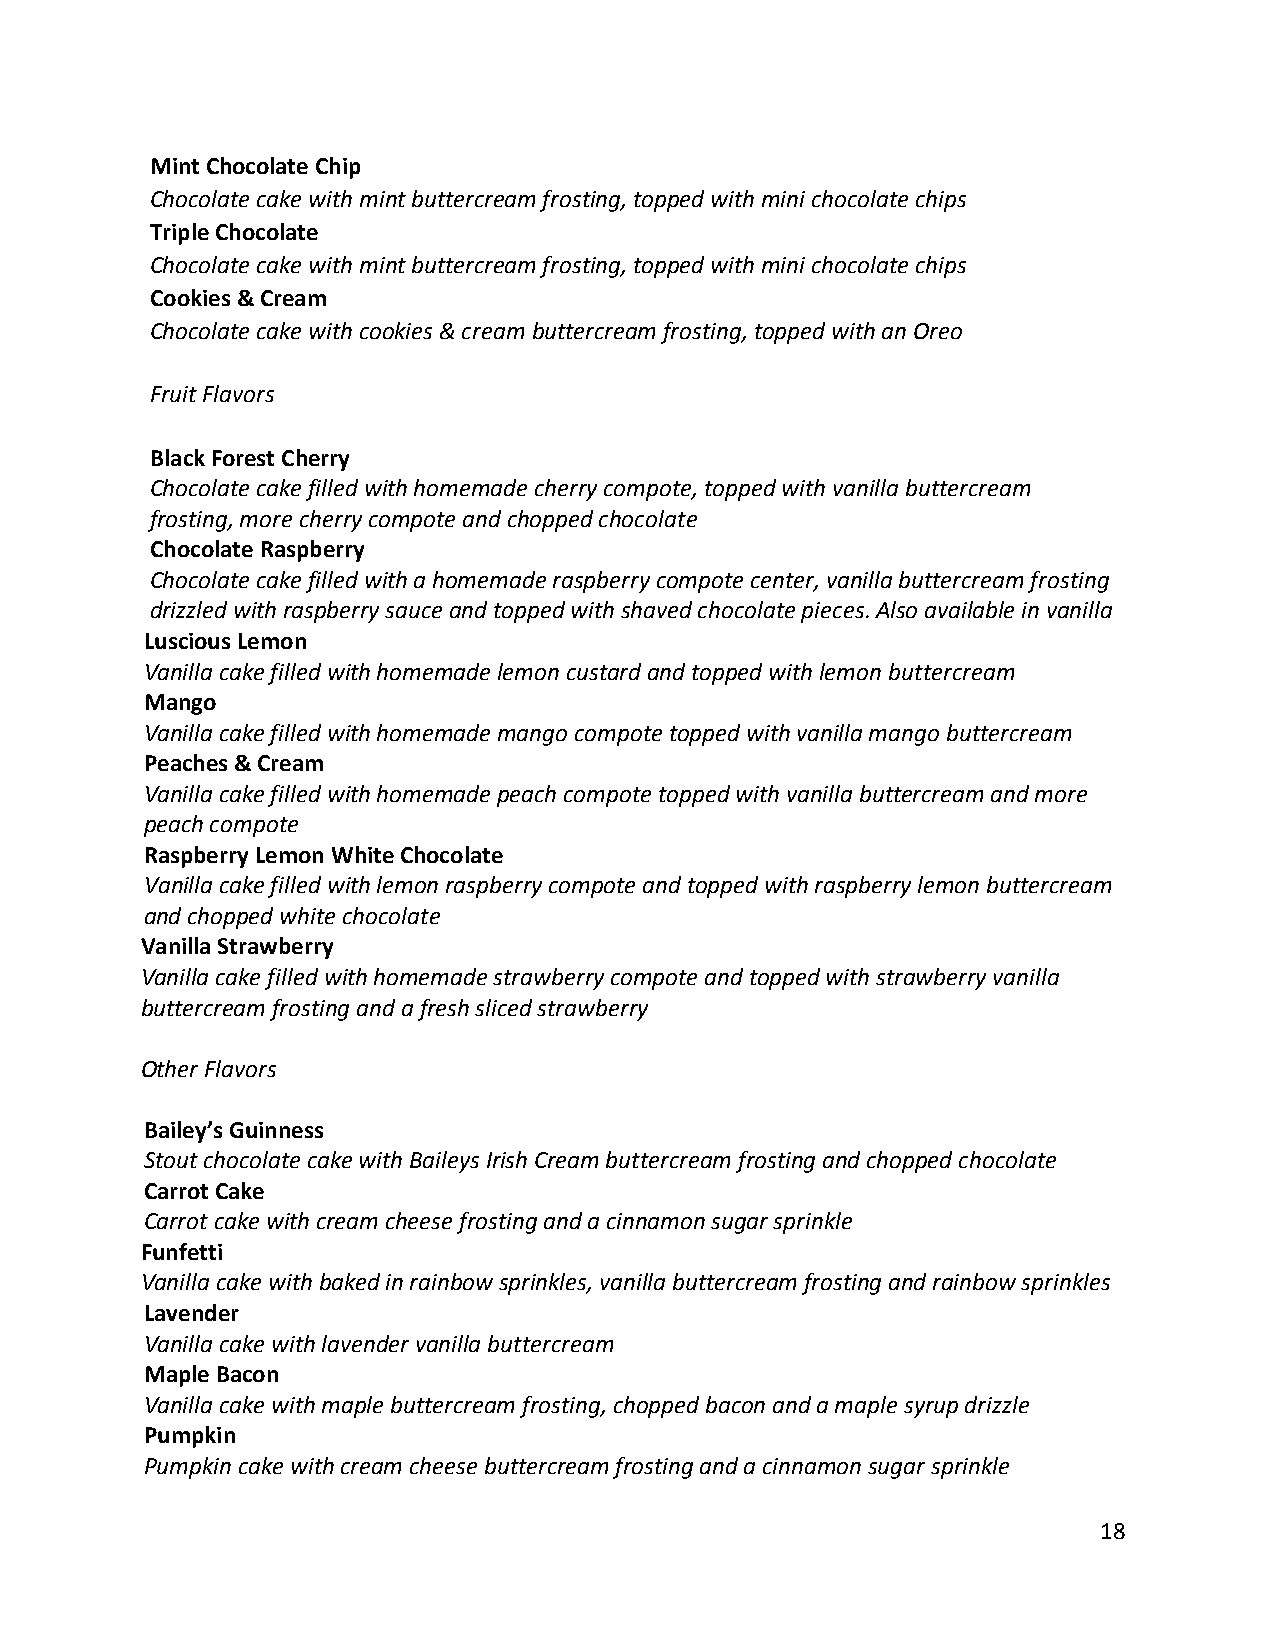
Mint Chocolate Chip
 Chocolate cake with mint buttercream frosting, topped with mini chocolate chips
 Triple Chocolate
 Chocolate cake with mint buttercream frosting, topped with mini chocolate chips
 Cookies & Cream
 Chocolate cake with cookies & cream buttercream frosting, topped with an Oreo
 Fruit Flavors
 Black Forest Cherry
 Chocolate cake filled with homemade cherry compote, topped with vanilla buttercream
 frosting, more cherry compote and chopped chocolate
 Chocolate Raspberry
 Chocolate cake filled with a homemade raspberry compote center, vanilla buttercream frosting
 drizzled with raspberry sauce and topped with shaved chocolate pieces. Also available in vanilla
 Luscious Lemon
 Vanilla cake filled with homemade lemon custard and topped with lemon buttercream
 Mango
 Vanilla cake filled with homemade mango compote topped with vanilla mango buttercream
 Peaches & Cream
 Vanilla cake filled with homemade peach compote topped with vanilla buttercream and more
 peach compote
 Raspberry Lemon White Chocolate
 Vanilla cake filled with lemon raspberry compote and topped with raspberry lemon buttercream
 and chopped white chocolate
 Vanilla Strawberry
 Vanilla cake filled with homemade strawberry compote and topped with strawberry vanilla
 buttercream frosting and a fresh sliced strawberry
 Other Flavors
 Bailey’s Guinness
 Stout chocolate cake with Baileys Irish Cream buttercream frosting and chopped chocolate
 Carrot Cake
 Carrot cake with cream cheese frosting and a cinnamon sugar sprinkle
 Funfetti
 Vanilla cake with baked in rainbow sprinkles, vanilla buttercream frosting and rainbow sprinkles
 Lavender
 Vanilla cake with lavender vanilla buttercream
 Maple Bacon
 Vanilla cake with maple buttercream frosting, chopped bacon and a maple syrup drizzle
 Pumpkin
 Pumpkin cake with cream cheese buttercream frosting and a cinnamon sugar sprinkle
 18